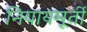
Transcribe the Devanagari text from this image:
नियायमूर्ती